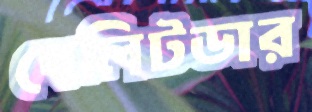
বেলিটডার